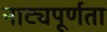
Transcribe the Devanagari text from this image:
नाट्यपूर्णता